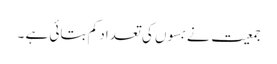
جمعیت نے بسوں کی تعداد کم بتائی ہے ۔